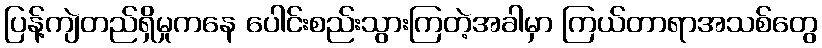
ပြန့်ကျဲတည်ရှိမှုကနေ ပေါင်းစည်းသွားကြတဲ့အခါမှာ ကြယ်တာရာအသစ်တွေ